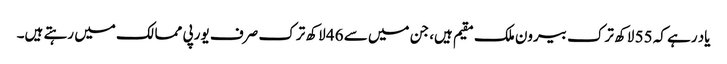
یاد رہے کہ 55 لاکھ ترک بیرون ملک مقیم ہیں، جن میں سے 46 لاکھ ترک صرف یورپی ممالک میں رہتے ہیں۔